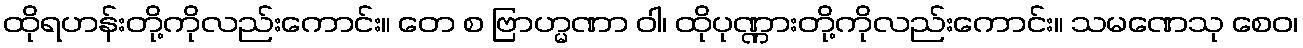
ထိုရဟန်းတို့ကိုလည်းကောင်း။ တေ စ ဗြာဟ္မဏာ ဝါ၊ ထိုပုဏ္ဏားတို့ကိုလည်းကောင်း။ သမဏေသု စေဝ၊